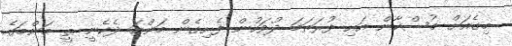
މިގެއަށް މުސްކާން އައި ފުރަތަމަ ދުވަހުން ފެށިގެން މަންމަ ދެކެނީ ތީ މަންމަގެ